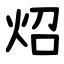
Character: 炤